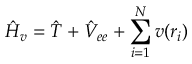
\Hat { H } _ { v } = \Hat { T } + \Hat { V } _ { e e } + \sum _ { i = 1 } ^ { N } v ( \boldsymbol { r } _ { i } )